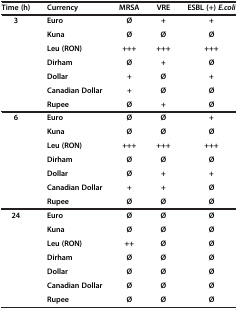
<table><thead><tr><td><b>Time (h)</b></td><td><b>Currency</b></td><td><b>MRSA</b></td><td><b>VRE</b></td><td><b>ESBL (+) <i>E.coli</i></b></td></tr></thead><tbody><tr><td rowspan="7"><b>3</b></td><td><b>Euro</b></td><td><b>Ø</b></td><td><b>+</b></td><td><b>+</b></td></tr><tr><td><b>Kuna</b></td><td><b>Ø</b></td><td><b>Ø</b></td><td><b>Ø</b></td></tr><tr><td><b>Leu (RON)</b></td><td><b>+++</b></td><td><b>+++</b></td><td><b>+++</b></td></tr><tr><td><b>Dirham</b></td><td><b>Ø</b></td><td><b>+</b></td><td><b>Ø</b></td></tr><tr><td><b>Dollar</b></td><td><b>+</b></td><td><b>Ø</b></td><td><b>+</b></td></tr><tr><td><b>Canadian Dollar</b></td><td><b>+</b></td><td><b>Ø</b></td><td><b>Ø</b></td></tr><tr><td><b>Rupee</b></td><td><b>Ø</b></td><td><b>+</b></td><td><b>Ø</b></td></tr><tr><td rowspan="7"><b>6</b></td><td><b>Euro</b></td><td><b>Ø</b></td><td><b>Ø</b></td><td><b>+</b></td></tr><tr><td><b>Kuna</b></td><td><b>Ø</b></td><td><b>Ø</b></td><td><b>Ø</b></td></tr><tr><td><b>Leu (RON)</b></td><td><b>+++</b></td><td><b>+++</b></td><td><b>+++</b></td></tr><tr><td><b>Dirham</b></td><td><b>Ø</b></td><td><b>Ø</b></td><td><b>Ø</b></td></tr><tr><td><b>Dollar</b></td><td><b>Ø</b></td><td><b>+</b></td><td><b>+</b></td></tr><tr><td><b>Canadian Dollar</b></td><td><b>+</b></td><td><b>+</b></td><td><b>Ø</b></td></tr><tr><td><b>Rupee</b></td><td><b>Ø</b></td><td><b>Ø</b></td><td><b>Ø</b></td></tr><tr><td rowspan="7"><b>24</b></td><td><b>Euro</b></td><td><b>Ø</b></td><td><b>Ø</b></td><td><b>Ø</b></td></tr><tr><td><b>Kuna</b></td><td><b>Ø</b></td><td><b>Ø</b></td><td><b>Ø</b></td></tr><tr><td><b>Leu (RON)</b></td><td><b>++</b></td><td><b>Ø</b></td><td><b>Ø</b></td></tr><tr><td><b>Dirham</b></td><td><b>Ø</b></td><td><b>Ø</b></td><td><b>Ø</b></td></tr><tr><td><b>Dollar</b></td><td><b>Ø</b></td><td><b>Ø</b></td><td><b>Ø</b></td></tr><tr><td><b>Canadian Dollar</b></td><td><b>Ø</b></td><td><b>Ø</b></td><td><b>Ø</b></td></tr><tr><td><b>Rupee</b></td><td><b>Ø</b></td><td><b>Ø</b></td><td><b>Ø</b></td></tr></tbody></table>